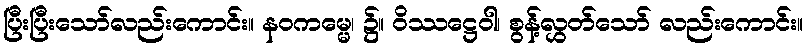
ပြီးပြီးသော်လည်းကောင်း။ နဝကမ္မေ၊ ၌။ ဝိဿဋ္ဌေဝါ၊ စွန့်လွှတ်သော် လည်းကောင်း။